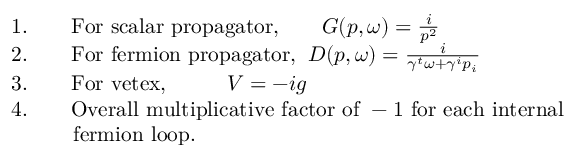
\begin{array} { r l } & { 1 . \qquad \mathrm { F o r ~ s c a l a r ~ p r o p a g a t o r , } \qquad G ( p , \omega ) = \frac { i } { p ^ { 2 } } } \\ & { 2 . \qquad \mathrm { F o r ~ f e r m i o n ~ p r o p a g a t o r , } \; \; D ( p , \omega ) = \frac { i } { \gamma ^ { t } \omega + \gamma ^ { i } p _ { i } } } \\ & { 3 . \qquad \mathrm { F o r ~ v e t e x , } \; \; \; \qquad V = - i g \qquad \qquad \qquad } \\ & { 4 . \qquad \mathrm { O v e r a l l ~ m u l t i p l i c a t i v e ~ f a c t o r ~ o f ~ - 1 ~ f o r ~ e a c h ~ i n t e r n a l } } \\ & { \qquad \; \; \mathrm { ~ f e r m i o n ~ l o o p . } } \end{array}